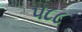
૫૮૮